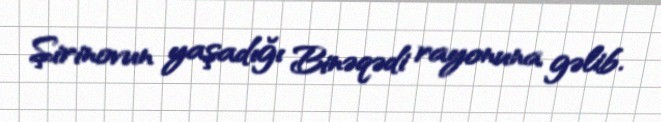
Şirinovun yaşadığı Binəqədi rayonuna gəlib.